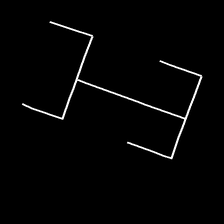
Glyph: entwine